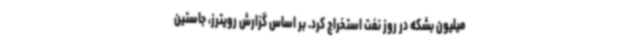
میلیون بشکه در روز نفت استخراج کرد. بر اساس گزارش رویترز، جاستین